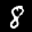
Label: 8